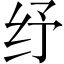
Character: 纾